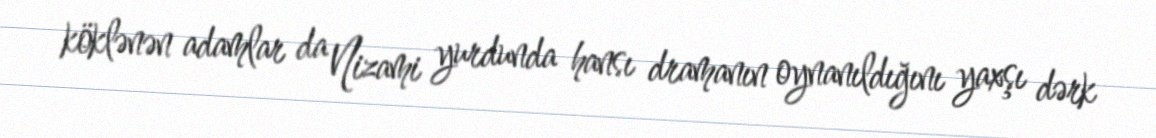
köklənən adamlar da Nizami yurdunda hansı dramanın oynanıldığını yaxşı dərk